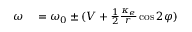
\begin{array} { r l } { \omega } & { { } = \omega _ { 0 } \pm ( V + \frac { 1 } { 2 } \frac { \kappa _ { e } } { r } \cos 2 \varphi ) } \end{array}